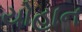
યોહાન